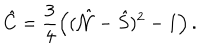
\hat { C } = \frac { 3 } { 4 } \left( ( \hat { \cal N } - \hat { S } ) ^ { 2 } - 1 \right) .